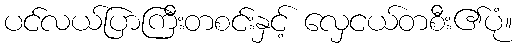
ပင်လယ်ပြာကြီးတစင်းနှင့် လှေငယ်တစီး၏ပုံ။